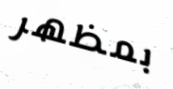
بمظهر